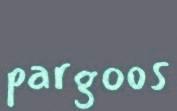
pargoos